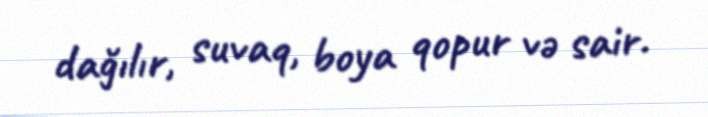
dağılır, suvaq, boya qopur və sair.